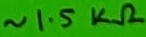
Text: ~1.5KΩ